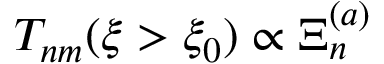
{ T _ { n m } ( \xi > \xi _ { 0 } ) \propto \Xi _ { n } ^ { ( a ) } }